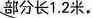
部分长1.2米。